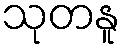
သုတနူ